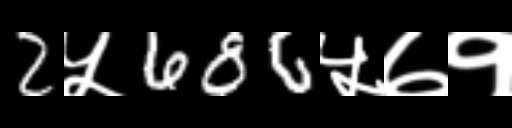
Text: 2५686५७१